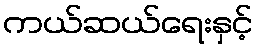
ကယ်ဆယ်ရေးနှင့်